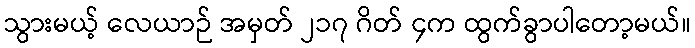
သွားမယ့် လေယာဉ် အမှတ် ၂၁၇ ဂိတ် ၄က ထွက်ခွာပါတော့မယ်။